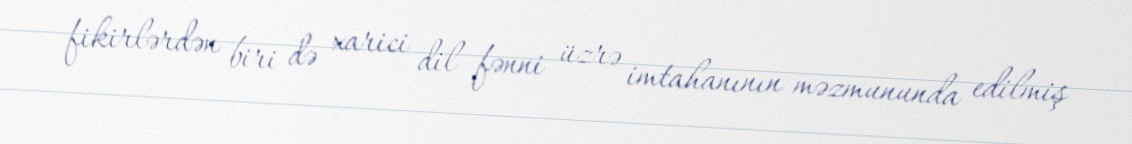
fikirlərdən biri də xarici dil fənni üzrə imtahanının məzmununda edilmiş